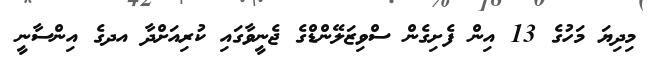
މިދިޔަ މަހުގެ 13 އިން ފެށިގެން ސްވިޒަލޭންޑްގެ ޖެނީވާގައި ކުރިއަށްދާ އދގެ އިންސާނީ